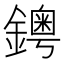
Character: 𨮁